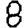
Digit: 8